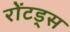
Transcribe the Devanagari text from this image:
रोंटड्स